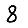
Digit: 8